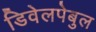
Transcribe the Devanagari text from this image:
डिवेलपेबुल